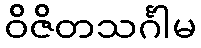
ဝိဇိတသင်္ဂါမ